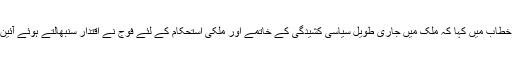
غیر ملکی خبر رساں ادارے کے مطابق آرمی چیف جنرل پراٹ چین نے ٹیلی ویژن پر قوم سے خطاب میں کہا کہ ملک میں جاری طویل سیاسی کشیدگی کے خاتمے اور ملکی استحکام کے لئے فوج نے اقتدار سنبھالتے ہوئے آئین معطل کردیا جبکہ ملک بھر میں رات 10 بجے سے صبح 5 تک کا کر فیو بھی نافذ کردیا گیا۔